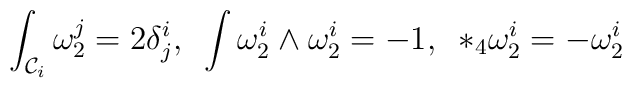
\int_{{\cal C}_{i}} \omega_{2}^{j} = 2 \delta^{i}_{j}, \, \, \,\int \omega^{i}_{2}\wedge \omega^{i}_{2} = -1, \, \, \,  *_{4} \omega^{i}_{2} = - \omega^{i}_{2}